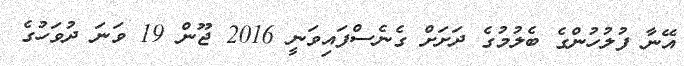
އޭނާ ފުލުހުންގެ ބެލުމުގެ ދަށަށް ގެނެސްފައިވަނީ 2016 ޖޫން 19 ވަނަ ދުވަހުގެ